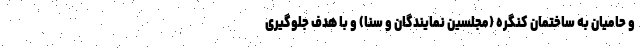
و حامیان به ساختمان کنگره (مجلسین نمایندگان و سنا) و با هدف جلوگیری